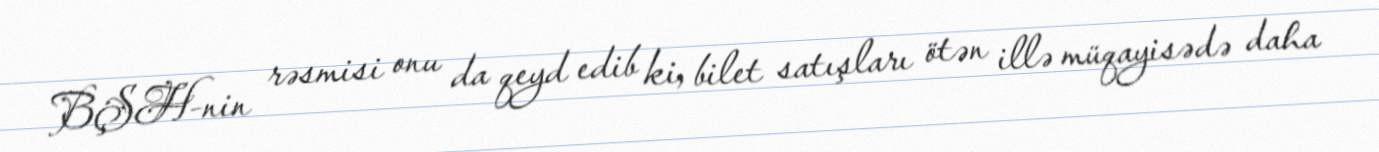
BŞH-nin rəsmisi onu da qeyd edib ki, bilet satışları ötən illə müqayisədə daha